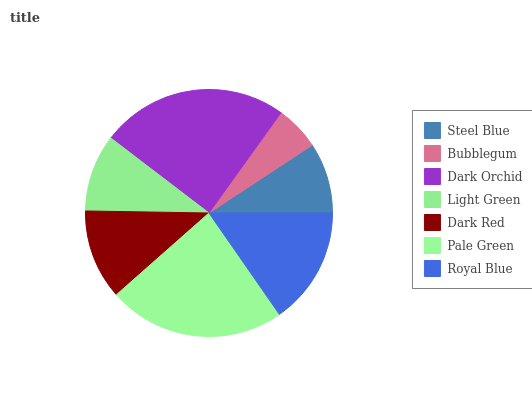
| Steel Blue | Bubblegum | Dark Orchid | Light Green | Dark Red | Pale Green | Royal Blue |
 | --- | --- | --- | --- | --- | --- | --- |
 | 9.25% | 5.85% | 24.5% | 10.1% | 11.8% | 23.1% | 15.4% |